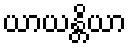
ယာယန္တိယာ